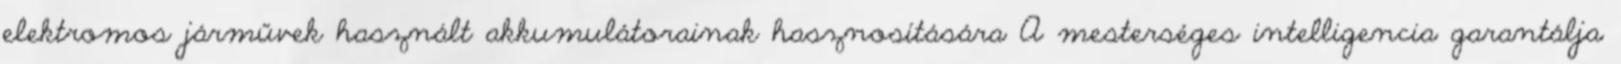
elektromos járművek használt akkumulátorainak hasznosítására A mesterséges intelligencia garantálja